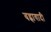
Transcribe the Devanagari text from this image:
बह्रावादी